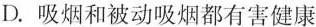
D.吸烟和被动吸烟都有害健康